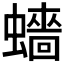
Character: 𧒗